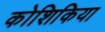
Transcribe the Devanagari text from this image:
कोशिकिया